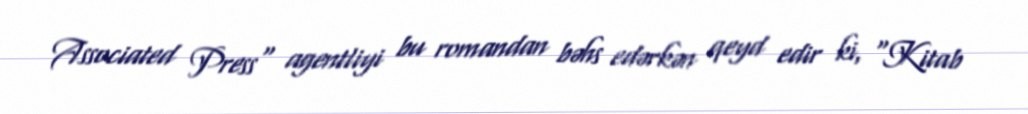
Associated Press" agentliyi bu romandan bəhs edərkən qeyd edir ki, "Kitab